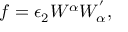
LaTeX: f = \epsilon _ { 2 } W ^ { \alpha } W _ { \alpha } ^ { ' } ,